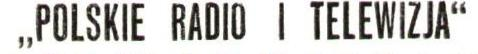
"POLSKIE RADIOI TELEWIZJA"